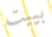
بييت